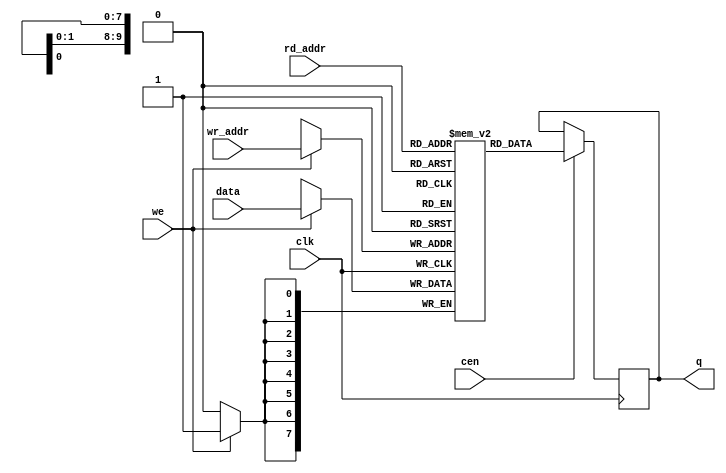
/*  This file is part of JTFRAME.
    JTFRAME program is free software: you can redistribute it and/or modify
    it under the terms of the GNU General Public License as published by
    the Free Software Foundation, either version 3 of the License, or
    (at your option) any later version.

    JTFRAME program is distributed in the hope that it will be useful,
    but WITHOUT ANY WARRANTY; without even the implied warranty of
    MERCHANTABILITY or FITNESS FOR A PARTICULAR PURPOSE.  See the
    GNU General Public License for more details.

    You should have received a copy of the GNU General Public License
    along with JTFRAME.  If not, see <http://www.gnu.org/licenses/>.

    Author: Jose Tejada Gomez. Twitter: @topapate
    Version: 1.0
    Date: 27-10-2017 */


    // check_start: lowest address at which the memory check
    // comparison is performed. Useful when the dumped file to load
    // has part of it invalid

module jtframe_prom #(parameter
    DW      = 8,
    AW      = 10,
    SIMFILE = "",
    simhex  = "",
    synhex  = "",
    offset  = 0,
    ASYNC   = 0     // makes the read asynchronous (will not map as BRAM)
)(
    input   clk,
    input   cen,
    input   [DW-1:0] data,
    input   [AW-1:0] rd_addr,
    input   [AW-1:0] wr_addr,
    input   we,
    output reg [DW-1:0] q
);

(* ramstyle = "no_rw_check" *) reg [DW-1:0] mem[0:(2**AW)-1];

`ifdef SIMULATION
/* verilator lint_off WIDTH */
integer f, readcnt;
`ifndef LOADROM
// load the file only when SPI load is not simulated
initial begin
    if( SIMFILE != "" ) begin
        f=$fopen(SIMFILE,"rb");
        if( f != 0 ) begin
            readcnt=$fseek( f, offset, 0 );
            readcnt=$fread( mem, f );
            $display("INFO: Read %14s (%4d bytes) for %m",SIMFILE, readcnt);
            $fclose(f);
        end else begin
            $display("WARNING: %m cannot open %s", SIMFILE);
        end
    end else if( simhex != "" ) begin
        $display("INFO: reading %14s (hex) for %m", simhex );
        $readmemh( simhex, mem );
    end else begin
        for( readcnt=0; readcnt<(2**AW)-1; readcnt=readcnt+1 )
            mem[readcnt] = {DW{1'b0}};
    end
end
`endif
`ifdef MEM_CHECK_TIME
    // check contents after 80ms
    reg [DW-1:0] mem_check[0:(2**AW)-1];
    reg check_ok=1'b1;
    initial begin
        #(`MEM_CHECK_TIME);
        if( SIMFILE != "" ) begin
            f=$fopen(SIMFILE,"rb");
            if( f!= 0 ) begin
                readcnt = $fseek( f, offset, 0 );   // return value assigned to readcnt to avoid a warning
                readcnt = $fread( mem_check, f );
                $fclose(f);
                for( readcnt=readcnt-1;readcnt>=0; readcnt=readcnt-1) begin
                    if( mem_check[readcnt] != mem[readcnt] ) begin
                        $display("ERROR: memory content check failed for file %s (%m) @ 0x%x", SIMFILE, readcnt );
                        check_ok = 1'b0;
                        //`ifndef IVERILOG
                        //break;
                        //`else
                            readcnt = 0; // force a break
                        //`endif
                    end
                end
                if( check_ok ) $display("INFO: %m memory check succedded");
            end
            else begin
                $display("ERROR: Cannot find file %s to check memory %m", SIMFILE );
            end
        end
    end
`endif
/* verilator lint_on WIDTH */
`else
    // Not simulation
    initial begin
        if( synhex != "" ) begin
            $readmemh(synhex, mem);
        end
    end
`endif

generate
    if( ASYNC ) begin
        always @(posedge clk) begin
            if( we ) mem[wr_addr] <= data;
        end

        always @(*) begin
            q = mem[rd_addr];
        end
    end else begin
        // no clock enable for writtings to allow correct operation during SPI downloading.
        always @(posedge clk) begin
            if( cen ) q <= mem[rd_addr];
            if( we ) mem[wr_addr] <= data;
        end
    end
endgenerate


endmodule // jtframe_ram